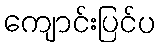
ကျောင်းပြင်ပ